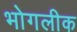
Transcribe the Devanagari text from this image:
भोगलीक